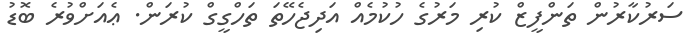
ސަރުކާރުން ތަންފީޒް ކުރި މަރުގެ ހުކުމެއް އަދިޖެހޭތަ ތަހްގީގް ކުރަން. ޢެއަށްވުރެ ބޮޑު